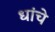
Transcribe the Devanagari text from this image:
धांचे